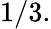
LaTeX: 1/3.